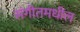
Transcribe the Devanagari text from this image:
संगीतमधील